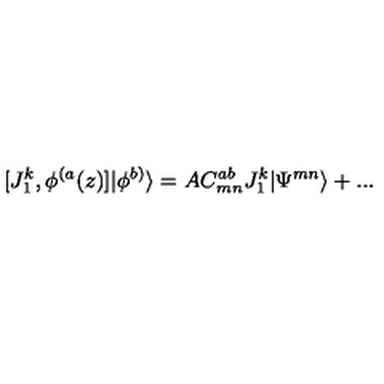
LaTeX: [ J _ { 1 } ^ { k } , \phi ^ { ( a } ( z ) ] | \phi ^ { b ) } \rangle = A C _ { m n } ^ { a b } J _ { 1 } ^ { k } | \Psi ^ { m n } \rangle + . . .